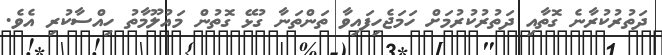
ދަތުރުކުރާނެ ގޮތާއި ދަތުރުކުރުމަށް ހަމަޖެހިފައިވާ ތަންތަނާ ގުޅޭ ގޮތުން މައުލޫމާތު ހިއްސާކުރި އެވެ.